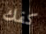
كفك